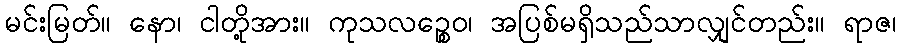
မင်းမြတ်။ နော၊ ငါတို့အား။ ကုသလဉ္စေဝ၊ အပြစ်မရှိသည်သာလျှင်တည်း။ ရာဇ၊